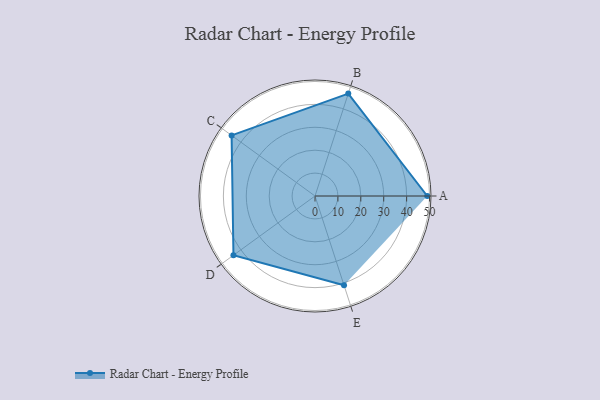
{"axis": {"x": "Skill", "y": "Score"}, "legend": ["Profile"], "data": [{"x": "A", "y": 49.0, "type": "Profile"}, {"x": "B", "y": 47.0, "type": "Profile"}, {"x": "C", "y": 45.0, "type": "Profile"}, {"x": "D", "y": 44.0, "type": "Profile"}, {"x": "E", "y": 41.0, "type": "Profile"}]}